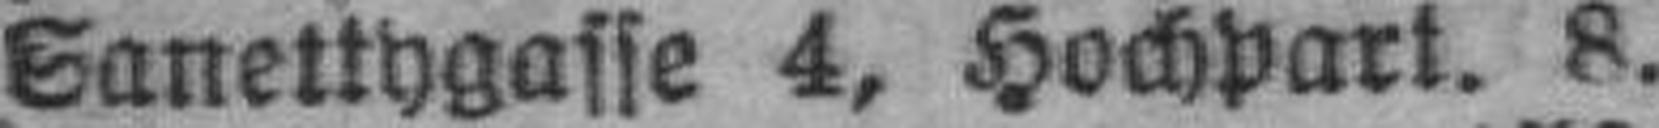
Sanetthgasse 4, Hochpart. 8.